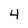
Character: 4